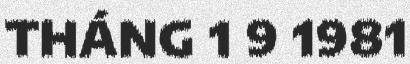
THÁNG 1 9 1981